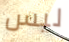
ليس